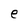
Character: e